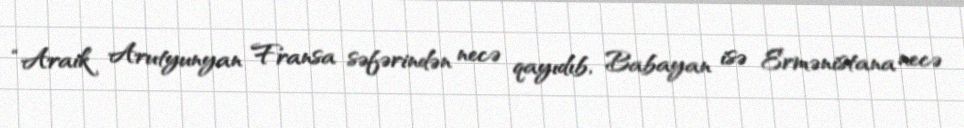
“Araik Arutyunyan Fransa səfərindən necə qayıdıb, Babayan isə Ermənistana necə